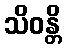
သိဝန္တိ